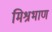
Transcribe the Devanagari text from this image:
मिश्रभाण